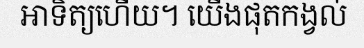
អាទិត្យហើយ។ យើងផុតកង្វល់